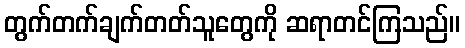
တွက်တက်ချက်တတ်သူတွေကို ဆရာတင်ကြသည်။